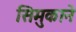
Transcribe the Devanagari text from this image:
सिमुकाने